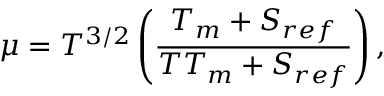
\mu = T ^ { 3 / 2 } \left( \frac { T _ { m } + S _ { r e f } } { T T _ { m } + S _ { r e f } } \right) ,